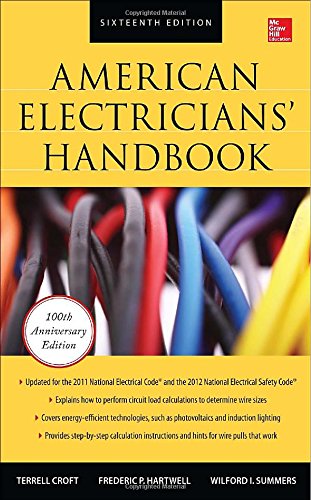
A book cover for American Electricians' Handbook, Sixteenth Edition; Terrell Croft; Engineering & Transportation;